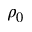
\rho _ { 0 }